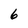
Character: 6